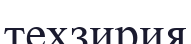
техзирия